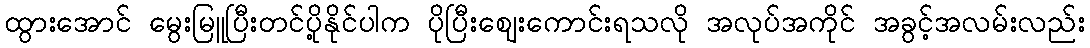
ထွားအောင် မွေးမြူပြီးတင်ပို့နိုင်ပါက ပိုပြီးဈေးကောင်းရသလို အလုပ်အကိုင် အခွင့်အလမ်းလည်း